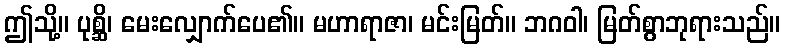
ဤသို့။ ပုစ္ဆိ၊ မေးလျှောက်ပေ၏။ မဟာရာဇာ၊ မင်းမြတ်။ ဘဂဝါ၊ မြတ်စွာဘုရားသည်။